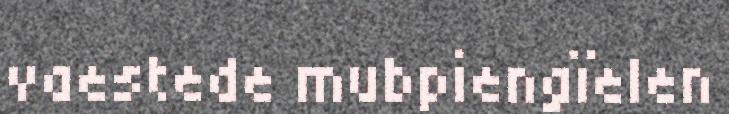
vaestede mubpiengïelen